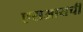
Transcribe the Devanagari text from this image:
एसआयची